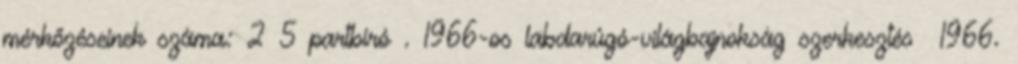
mérkőzéseinek száma: 2 5 partbíró . 1966-os labdarúgó-világbajnokság szerkesztés 1966.